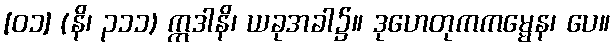
[၀၁] (နိ၊ ၃၁၁) ဣဒါနိ၊ ယခုအခါ၌။ ဒုဟေတုကကမ္မေန၊ ပေ။